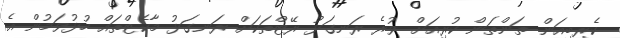
ކެރިބިއަން ތަންތަން ކުރިއަށް ވުރެ ރަނގަޅު ރޭޓްތަކަށް ރަނގަޅު މާކެޓްތައް ހުޅުވަމުން އެ